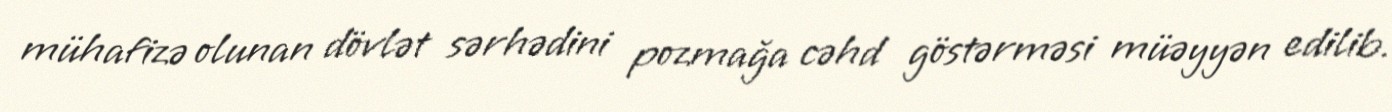
mühafizə olunan dövlət sərhədini pozmağa cəhd göstərməsi müəyyən edilib.